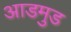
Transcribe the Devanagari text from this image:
आडमुड